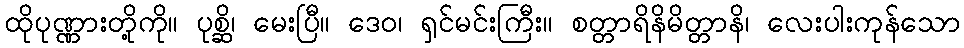
ထိုပုဏ္ဏားတို့ကို။ ပုစ္ဆိ၊ မေးပြီ။ ဒေဝ၊ ရှင်မင်းကြီး။ စတ္တာရိနိမိတ္တာနိ၊ လေးပါးကုန်သော